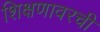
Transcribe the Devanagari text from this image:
शिक्षणावरची